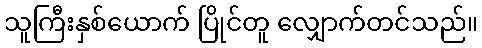
သူကြီးနှစ်ယောက် ပြိုင်တူ လျှောက်တင်သည်။